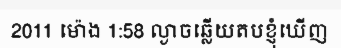
2011 ម៉ោង 1:58 ល្ងាចឆ្លើយតបខ្ញុំឃើញ